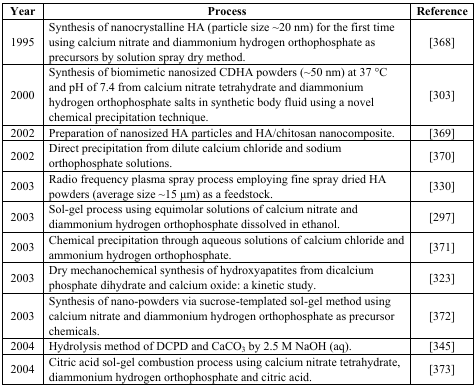
<table><thead><tr><td><b>Year</b></td><td><b>Process</b></td><td><b>Reference</b></td></tr></thead><tbody><tr><td>1995</td><td>Synthesis of nanocrystalline HA (particle size ~20 nm) for the first time using calcium nitrate and diammonium hydrogen orthophosphate as precursors by solution spray dry method.</td><td>[368]</td></tr><tr><td>2000</td><td>Synthesis of biomimetic nanosized CDHA powders (~50 nm) at 37 °C and pH of 7.4 from calcium nitrate tetrahydrate and diammonium hydrogen orthophosphate salts in synthetic body fluid using a novel chemical precipitation technique.</td><td>[303]</td></tr><tr><td>2002</td><td>Preparation of nanosized HA particles and HA/chitosan nanocomposite.</td><td>[369]</td></tr><tr><td>2002</td><td>Direct precipitation from dilute calcium chloride and sodium orthophosphate solutions.</td><td>[370]</td></tr><tr><td>2003</td><td>Radio frequency plasma spray process employing fine spray dried HA powders (average size ~15 μm) as a feedstock.</td><td>[330]</td></tr><tr><td>2003</td><td>Sol-gel process using equimolar solutions of calcium nitrate and diammonium hydrogen orthophosphate dissolved in ethanol.</td><td>[297]</td></tr><tr><td>2003</td><td>Chemical precipitation through aqueous solutions of calcium chloride and ammonium hydrogen orthophosphate.</td><td>[371]</td></tr><tr><td>2003</td><td>Dry mechanochemical synthesis of hydroxyapatites from dicalcium phosphate dihydrate and calcium oxide: a kinetic study.</td><td>[323]</td></tr><tr><td>2003</td><td>Synthesis of nano-powders via sucrose-templated sol-gel method using calcium nitrate and diammonium hydrogen orthophosphate as precursor chemicals.</td><td>[372]</td></tr><tr><td>2004</td><td>Hydrolysis method of DCPD and CaCO<sub>3</sub> by 2.5 M NaOH (aq).</td><td>[345]</td></tr><tr><td>2004</td><td>Citric acid sol-gel combustion process using calcium nitrate tetrahydrate, diammonium hydrogen orthophosphate and citric acid.</td><td>[373]</td></tr></tbody></table>